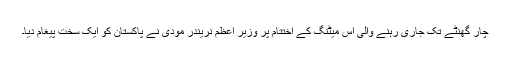
چار گھنٹے تک جاری رہنے والی اس میٹنگ کے اختتام پر وزیر اعظم نریندر مودی نے پاکستان کو ایک سخت پیغام دیا۔